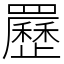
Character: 䍥